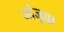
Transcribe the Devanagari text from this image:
जांजूवा